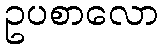
ဥပစာလော